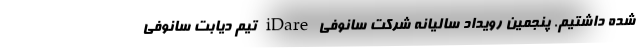
شده‌ داشتیم. پنجمین رویداد سالیانه شرکت سانوفی iDare تیم دیابت سانوفی